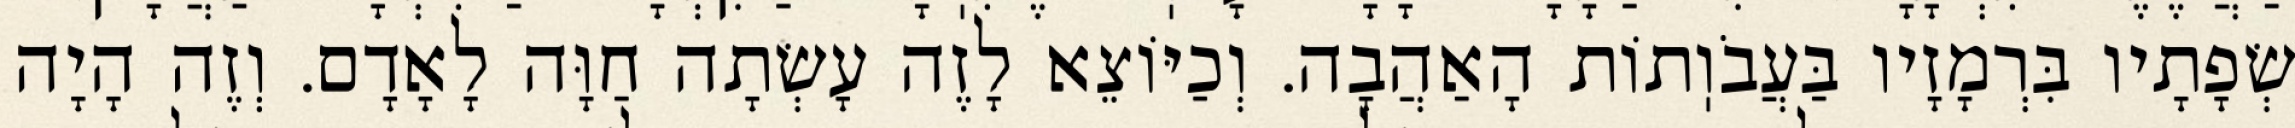
שְׂפָתָיו בִּרְמָזָיו בַּעֲבֹוֽתוֹת הָאַהֲבָה. וְכַיּוֹצֵא לָזֶה עָשְׂתָה חַוָּה לָאָדָם. וְזֶה הָיָה